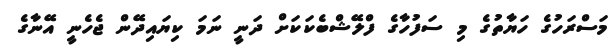
މަސްރަހުގެ ހަޔާތުގެ މި ސަފުހާގެ ފްލޭޝްބެކަކަށް ދަނީ ނަމަ ކިޔައިދޭން ޖެހެނީ އޭނާގެ